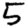
Digit: 5